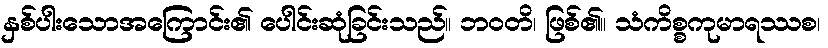
နှစ်ပါးသောအကြောင်း၏ ပေါင်းဆုံခြင်းသည်။ ဘဝတိ၊ ဖြစ်၏။ သံကိစ္စကုမာရဿစ၊